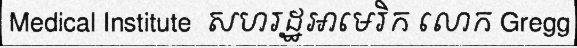
Medical Institute  សហរដ្ឋអាមេរិក លោក Gregg